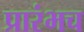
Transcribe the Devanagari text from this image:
प्रारंभच